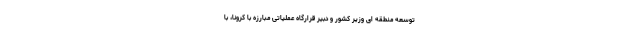
توسعه منطقه ای وزیر کشور و دبیر قرارگاه عملیاتی مبارزه با کرونا، با